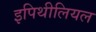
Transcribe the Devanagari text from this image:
इपिथीलियल